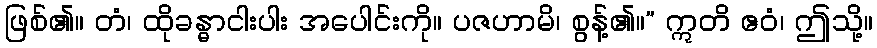
ဖြစ်၏။ တံ၊ ထိုခန္ဓာငါးပါး အပေါင်းကို။ ပဇဟာမိ၊ စွန့်၏။” ဣတိ ဧဝံ၊ ဤသို့။